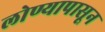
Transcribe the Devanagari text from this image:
लोण्यापासून